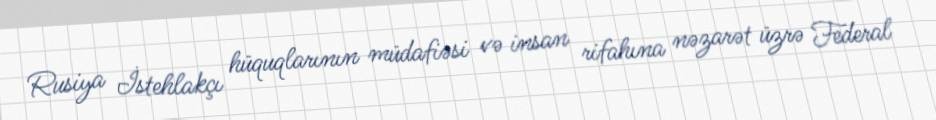
Rusiya İstehlakçı hüquqlarının müdafiəsi və insan rifahına nəzarət üzrə Federal